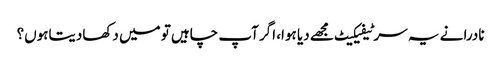
نادرا نے یہ سرٹیفیکیٹ مجھے دیا ہوا، اگر آپ چاہیں تو میں دکھادیتاہوں؟